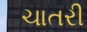
ચાતરી